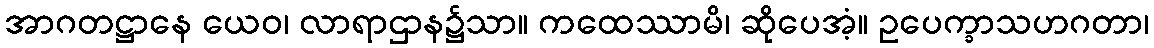
အာဂတဋ္ဌာနေ ယေဝ၊ လာရာဌာန၌သာ။ ကထေဿာမိ၊ ဆိုပေအံ့။ ဥပေက္ခာသဟဂတာ၊